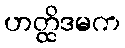
ဟတ္ထိဒမက